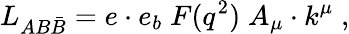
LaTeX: L_{AB\bar{B}}=e\cdot e_{b}\; F(q^{2})\; A_{\mu}\cdot k^{\mu}\; ,